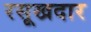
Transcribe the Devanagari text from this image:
रसूखदार